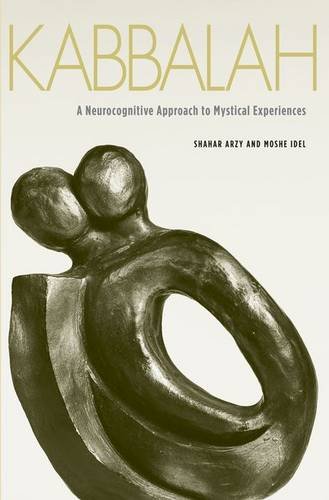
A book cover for Kabbalah: A Neurocognitive Approach to Mystical Experiences; Shahar Arzy; Religion & Spirituality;